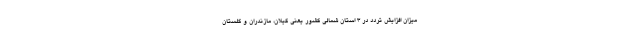
میزان افزایش تردد در ۳ استان شمالی کشور یعنی گیلان، مازندران و گلستان